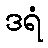
ဒရံ